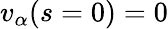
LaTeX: v_{\alpha}(s=0)=0